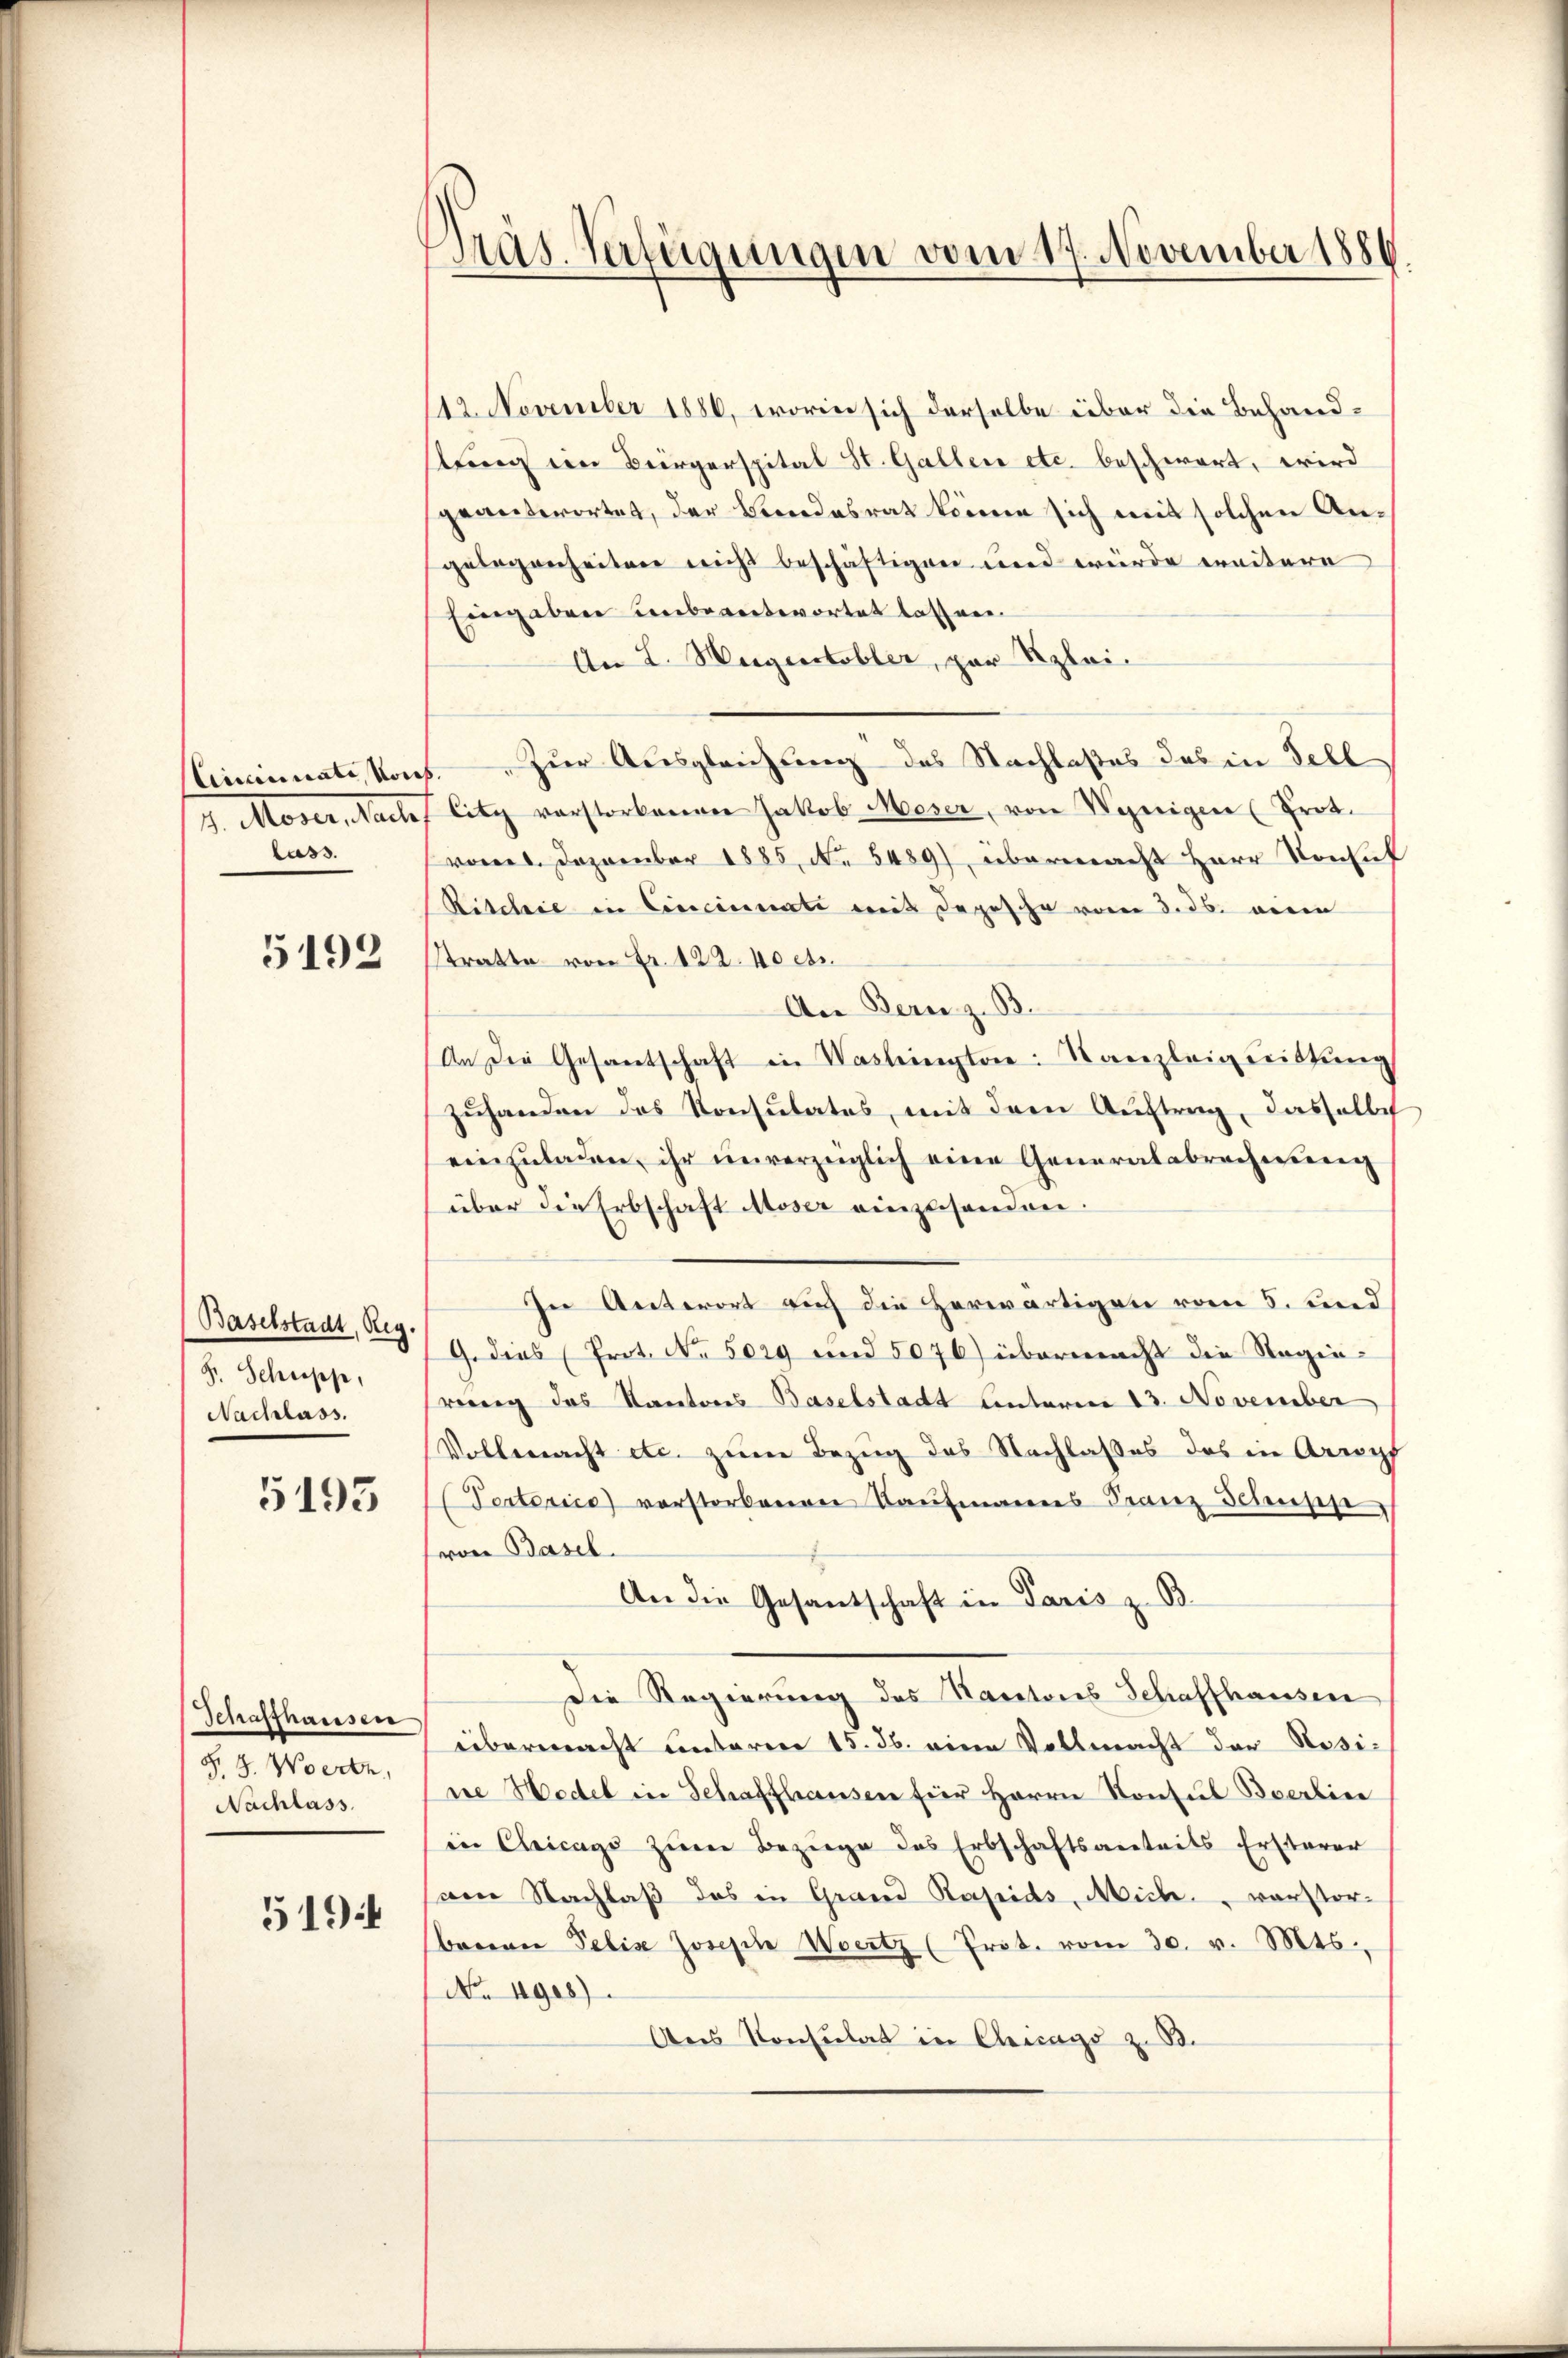
Ciannate, von
1. Marier, Sache
lass.

5192

Baselstadt, Reg.
F. Schupp,
Nachlass.

5195

Schaffhausen
§. 3. Werte,
Nachlass

519.

Pas. Verfügungen vom 17. November 1886.

112. November 1886, worin sich derselbe über die Behandstung im Bürgerspital St. Gallen etc. beschwert, wird
geantwortet, der Beendesrat keine sich mit solchen Angelegenheiten nicht beschäftigen und wurde weitere
Eingaben unbeantwortet lassen.
An L. Wegentobler, par Klei¬
5. Zur Ausgleichung des Nachlasses das in Fell
litz vorstorbenen Jakob Moser, von Wenigen (Prot.
vom 1. Dezember 1885, No. 5489), übermacht Herr Konsul
Ritchie in Cincinate mit Depesche vom 3. ds. mein
stratte von Fr. 122. 40 cts.
An Bern z. B.
An die Gesantschaft in Washington Kanzleigeittung
zuhanden des Konsulates, mit dem Auftrag, daselbe
einzuladen, ihr unverzüglich eine Generalabrechnung
über die Erbschaft Moser einzusenden.
In Antwort auf die herwärtigen vom 5. und
9. dies (Prot. No. 5029 und 5076) übermacht die Regierereng das Kantons Baselstadt Unterm 13. November
Vollmacht etc. zum Bezug des Nachlaßes das in Arnpf
(Pertorica verstorbenen Kaufmanns Franz Scensis
von Basel.
An die Gesandtschaft in Paris z. B.
Die Regierung des Rauctores Schaffhausen
übermacht unterren 15. 36. eine Vollmacht der Rosine Hedel in Schaffhausen für Herrn Konsul Boerline
in Chicago zŭm Bezüge des Erbschaftsanteils Ersterer
am Nachlaß das in Grand Rapids, Mich. verstorbrene Pelis Joseph Wertz (Prot. vom 30. v. Mts.,
No 4908)
Ans Konsulat in Chicago z. B.